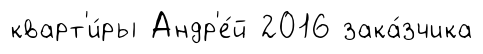
кварт'и́ры Андр'е́й 2016 зака́зчика